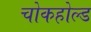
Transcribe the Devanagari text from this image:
चोकहोल्ड